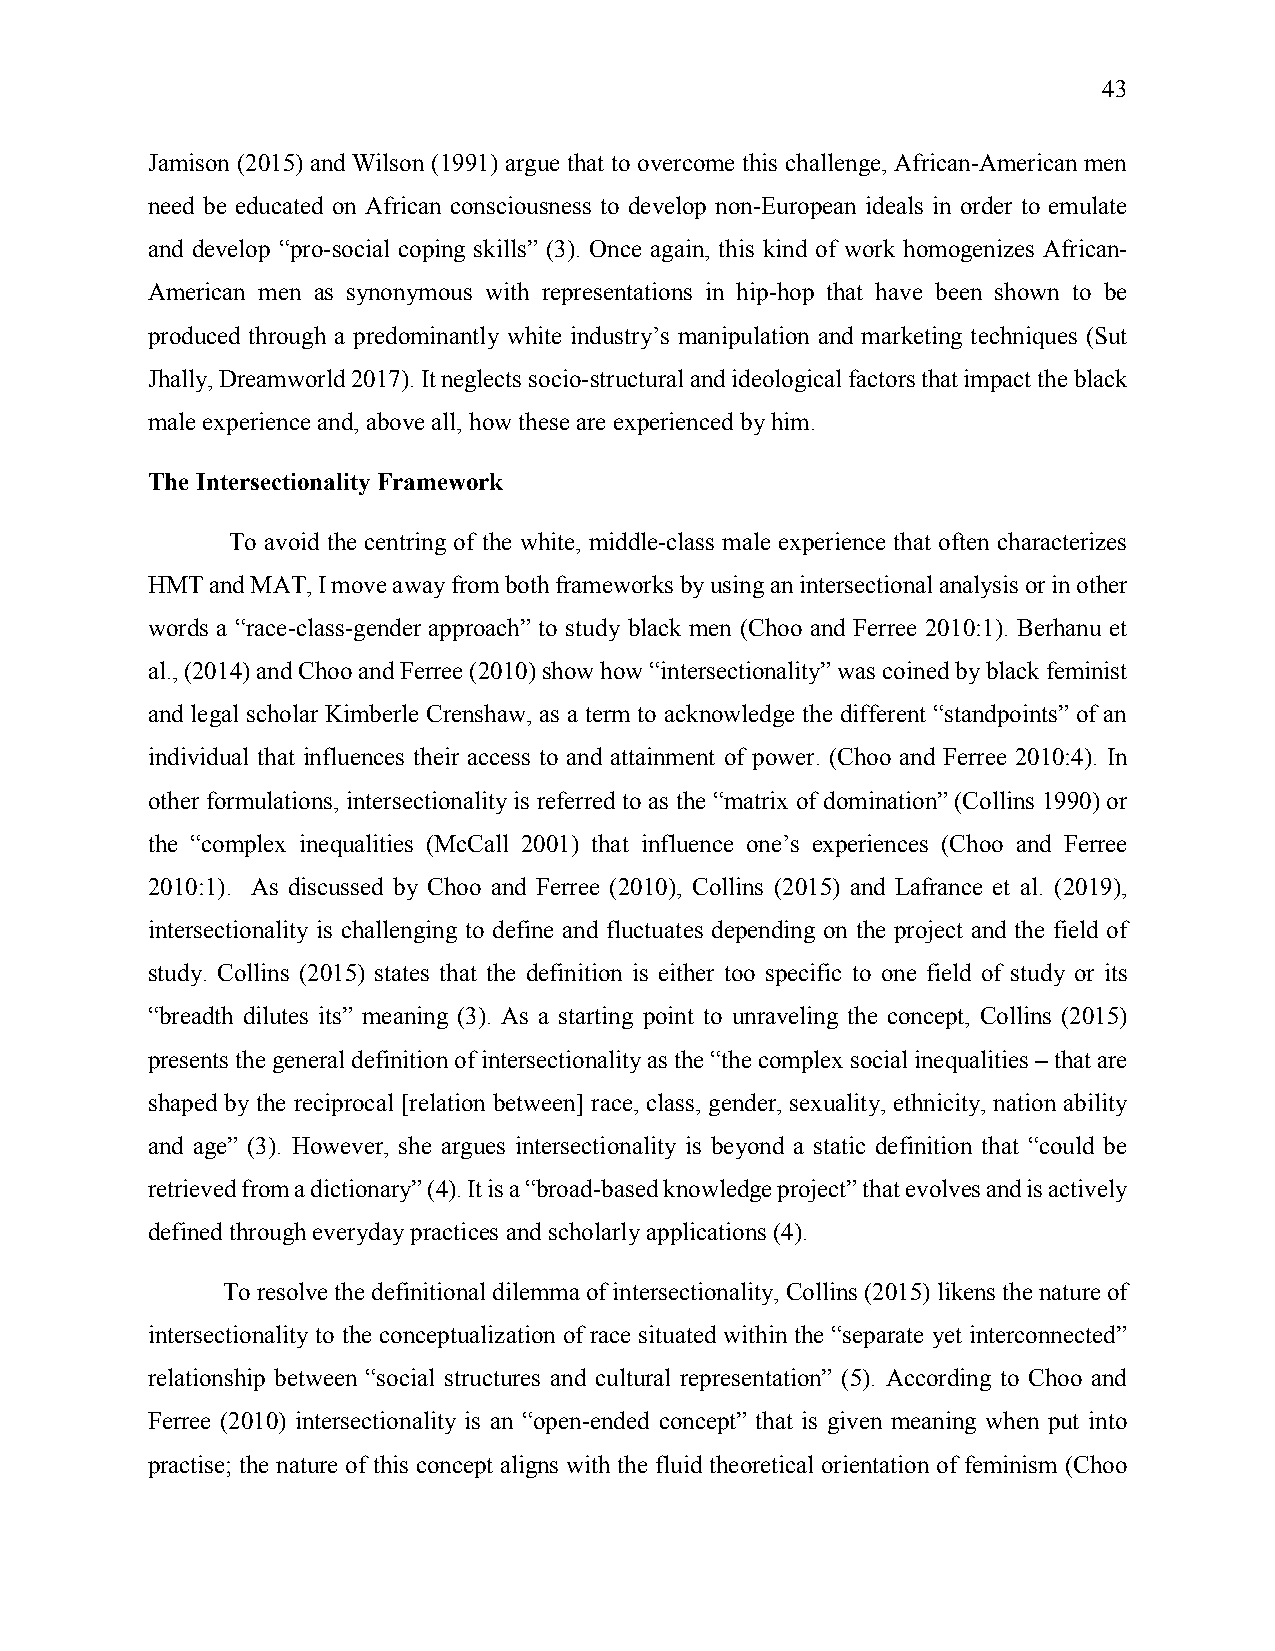
43
 Jamison (2015) and Wilson (1991) argue that to overcome this challenge, African-American men
 need be educated on African consciousness to develop non-European ideals in order to emulate
 and develop “pro-social coping skills” (3). Once again, this kind of work homogenizes African-
 American men as synonymous with representations in hip-hop that have been shown to be
 produced through a predominantly white industry’s manipulation and marketing techniques (Sut
 Jhally, Dreamworld 2017). It neglects socio-structural and ideological factors that impact the black
 male experience and, above all, how these are experienced by him.
 The Intersectionality Framework
 To avoid the centring of the white, middle-class male experience that often characterizes
 HMT and MAT, I move away from both frameworks by using an intersectional analysis or in other
 words a “race-class-gender approach” to study black men (Choo and Ferree 2010:1). Berhanu et
 al., (2014) and Choo and Ferree (2010) show how “intersectionality” was coined by black feminist
 and legal scholar Kimberle Crenshaw, as a term to acknowledge the different “standpoints” of an
 individual that influences their access to and attainment of power. (Choo and Ferree 2010:4). In
 other formulations, intersectionality is referred to as the “matrix of domination” (Collins 1990) or
 the “complex inequalities (McCall 2001) that influence one’s experiences (Choo and Ferree
 2010:1). As discussed by Choo and Ferree (2010), Collins (2015) and Lafrance et al. (2019),
 intersectionality is challenging to define and fluctuates depending on the project and the field of
 study. Collins (2015) states that the definition is either too specific to one field of study or its
 “breadth dilutes its” meaning (3). As a starting point to unraveling the concept, Collins (2015)
 presents the general definition of intersectionality as the “the complex social inequalities – that are
 shaped by the reciprocal [relation between] race, class, gender, sexuality, ethnicity, nation ability
 and age” (3). However, she argues intersectionality is beyond a static definition that “could be
 retrieved from a dictionary” (4). It is a “broad-based knowledge project” that evolves and is actively
 defined through everyday practices and scholarly applications (4).
 To resolve the definitional dilemma of intersectionality, Collins (2015) likens the nature of
 intersectionality to the conceptualization of race situated within the “separate yet interconnected”
 relationship between “social structures and cultural representation” (5). According to Choo and
 Ferree (2010) intersectionality is an “open-ended concept” that is given meaning when put into
 practise; the nature of this concept aligns with the fluid theoretical orientation of feminism (Choo